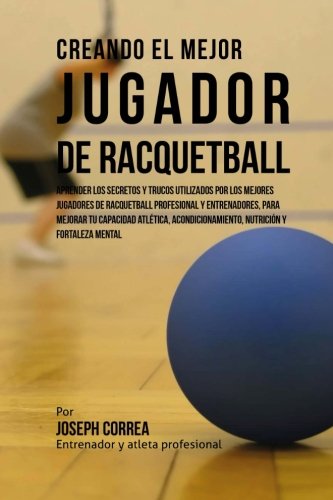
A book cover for Creando el Mejor Jugador de Racquetball: Aprender los secretos y trucos utilizados por los mejores jugadores de racquetball profesional y ... y fortaleza Mental (Spanish Edition); Joseph Correa (Entrenador y Atleta Profesional); Sports & Outdoors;